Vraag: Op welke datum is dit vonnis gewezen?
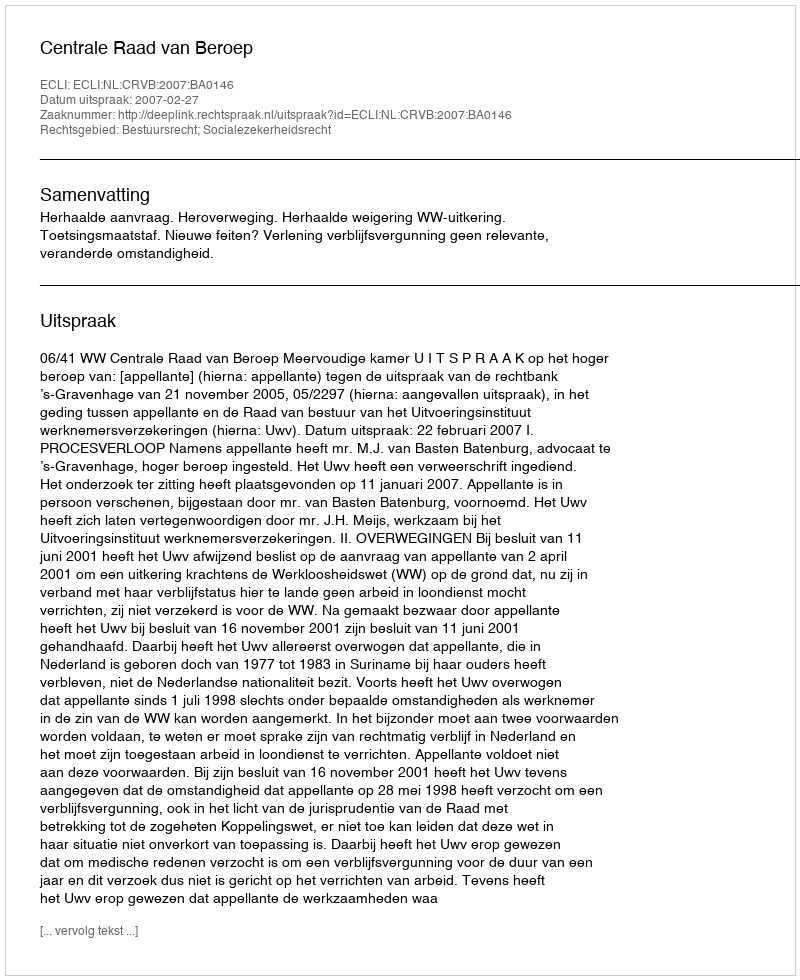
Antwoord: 2007-02-27